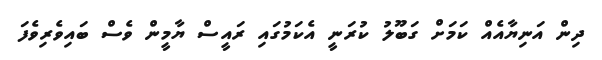
ދިން އަނިޔާއެއް ކަމަށް ގަބޫލު ކުރަނީ އެކަމުގައި ރައީސް ޔާމީން ވެސް ބައިވެރިވެފަ